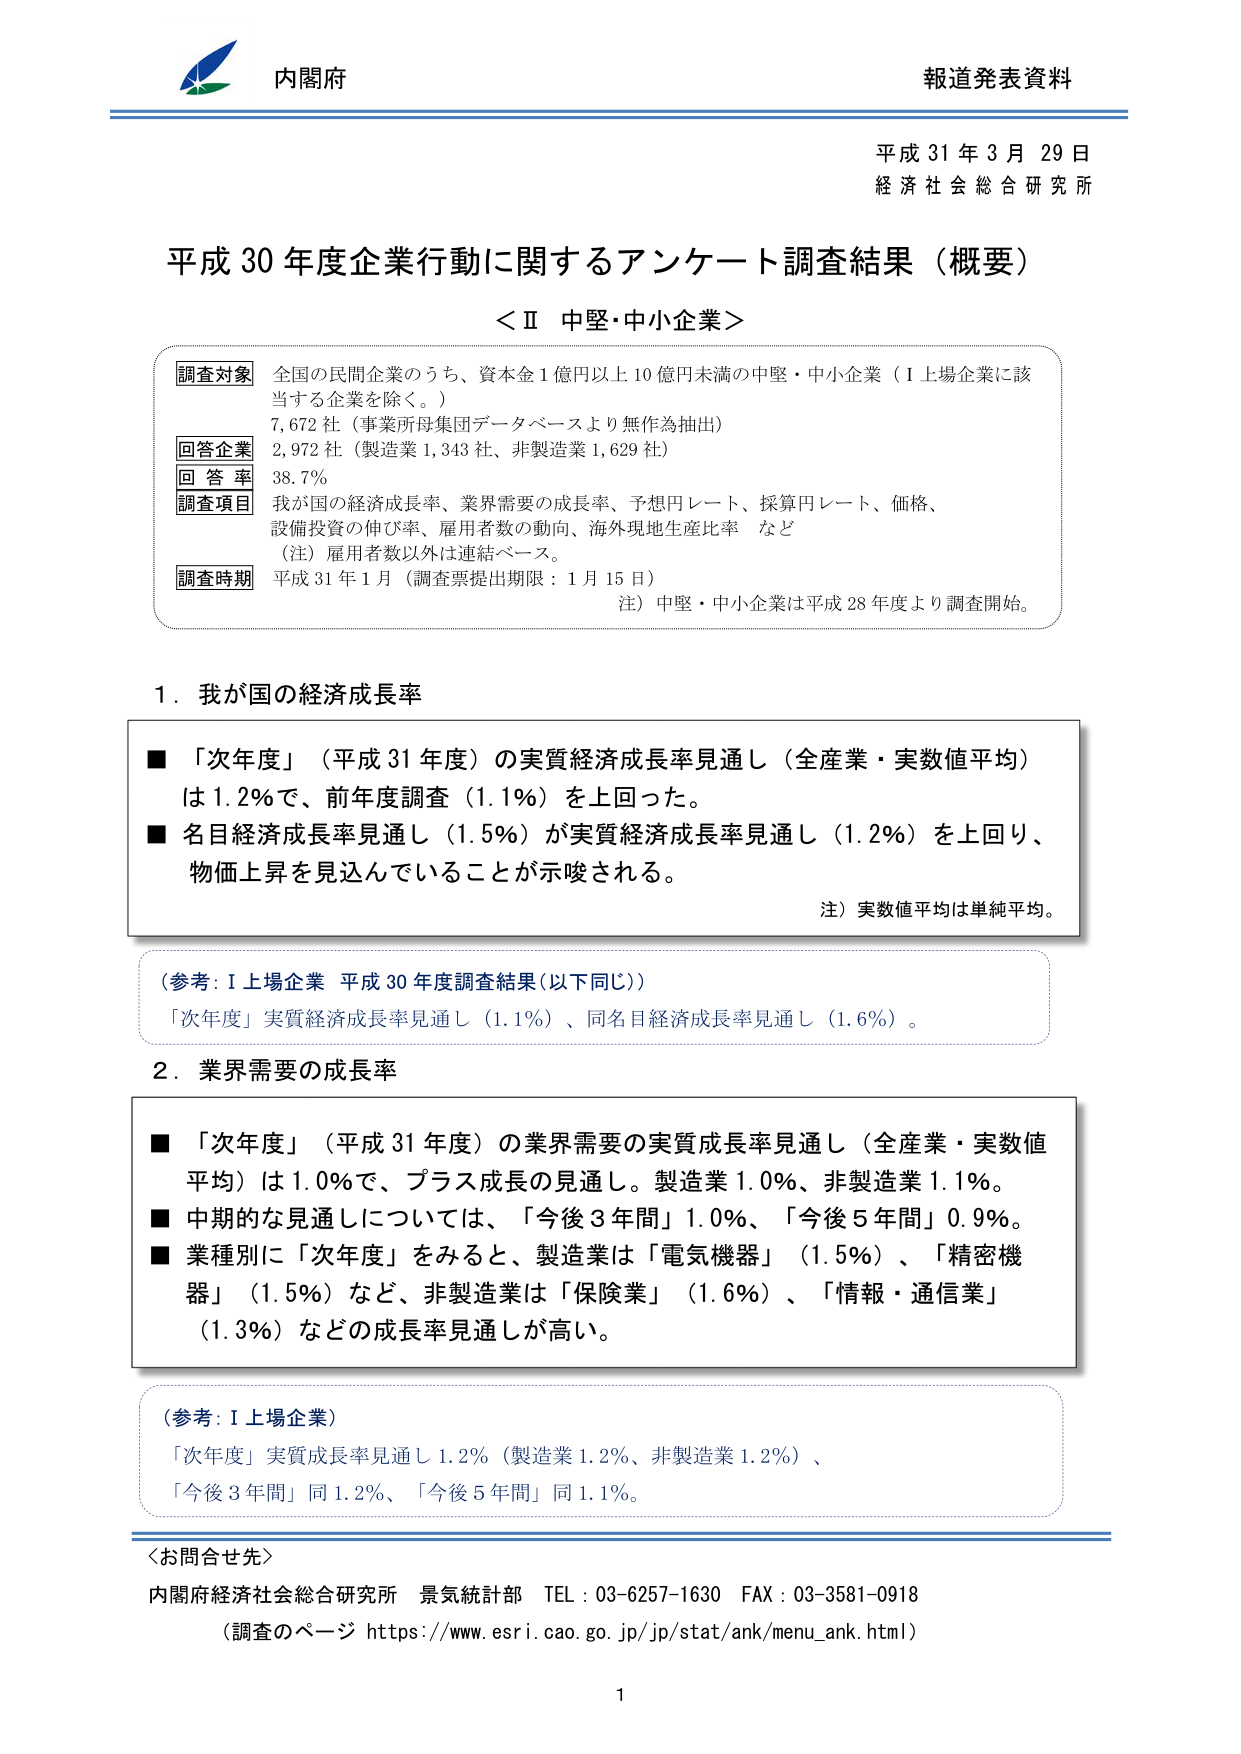
内閣府
報道発表資料
平成31年3月29日
経済社会総合研究所

平成30年度企業行動に関するアンケート調査結果（概要）
＜Ⅱ 中堅・中小企業＞

調査対象
全国の民間企業のうち、資本金1億円以上10億円未満の中堅・中小企業（I上場企業に該当する企業を除く。）
7,672社（事業所母集団データベースより無作為抽出）

回答企業
2,972社（製造業1,343社、非製造業1,629社）

回答率
38.7%

調査項目
我が国の経済成長率、業界需要の成長率、予想円レート、採算円レート、価格、設備投資の伸び率、雇用者数の動向、海外現地生産比率 など
（注）雇用者数以外は連結ベース。

調査時期
平成31年1月（調査票提出期限：1月15日）
注）中堅・中小企業は平成28年度より調査開始。

1．我が国の経済成長率
■「次年度」（平成31年度）の実質経済成長率見通し（全産業・実数値平均）は1.2％で、前年度調査（1.1％）を上回った。
■名目経済成長率見通し（1.5％）が実質経済成長率見通し（1.2％）を上回り、物価上昇を見込んでいることが示唆される。
注）実数値平均は単純平均。

（参考：I上場企業 平成30年度調査結果（以下同じ））
「次年度」実質経済成長率見通し（1.1％）、同名目経済成長率見通し（1.6％）。

2．業界需要の成長率
■「次年度」（平成31年度）の業界需要の実質成長率見通し（全産業・実数値平均）は1.0％で、プラス成長の見通し。製造業1.0％、非製造業1.1％。
■中期的な見通しについては、「今後3年間」1.0％、「今後5年間」0.9％。
■業種別に「次年度」をみると、製造業は「電気機器」（1.5％）、「精密機器」（1.5％）など、非製造業は「保険業」（1.6％）、「情報・通信業」（1.3％）などの成長率見通しが高い。

（参考：I上場企業）
「次年度」実質成長率見通し1.2％（製造業1.2％、非製造業1.2％）、
「今後3年間」同1.2％、「今後5年間」同1.1％。

＜お問合せ先＞
内閣府経済社会総合研究所 景気統計部 TEL：03-6257-1630 FAX：03-3581-0918
（調査のページ https://www.esri.cao.go.jp/jp/stat/ank/menu_ank.html）

1